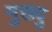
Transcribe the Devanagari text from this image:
मुख्यु